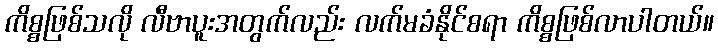
ကိစ္စဖြစ်သလို လီဗာပူးအတွက်လည်း လက်မခံနိုင်စရာ ကိစ္စဖြစ်လာပါတယ်။